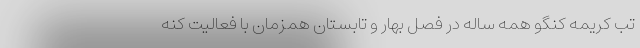
تب کریمه کنگو همه ساله در فصل بهار و تابستان همزمان با فعالیت کنه